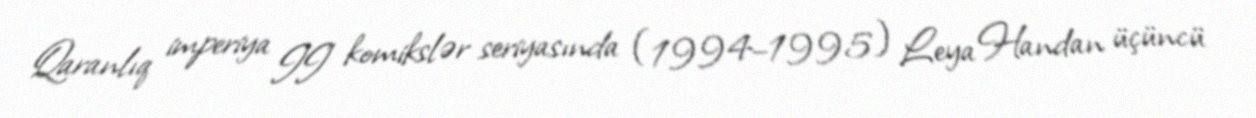
Qaranlıq imperiya II" komikslər seriyasında (1994–1995) Leya Handan üçüncü